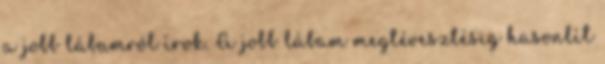
a jobb lábamról írok. A jobb lábam megtévesztésig hasonlít